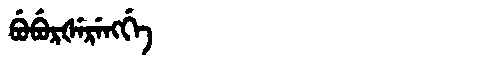
Manchu: ᠪᡠᠪᡠᡵᡧᡝᡵᡝᠩᡤᡝ
Romanization: BUBURŠERENGGE